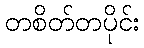
တစိတ်တပိုင်း